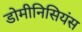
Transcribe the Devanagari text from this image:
डोमीनिसियंस